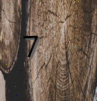
7